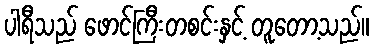
ပါရီသည် ဖောင်ကြီးတစင်းနှင့် တူတော့သည်။